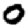
Digit: 0